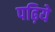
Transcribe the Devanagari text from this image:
पढ़िये